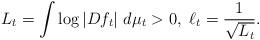
LaTeX: \begin{align*}L_t = \int \log |Df_t| \ d\mu_t > 0, \ \ell_t= \frac{1}{\sqrt{L_t}}.\end{align*}